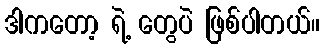
ဒါကတော့ ရဲ့ တွေပဲ ဖြစ်ပါတယ်။